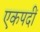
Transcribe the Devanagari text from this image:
एकपदीं